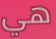
هي